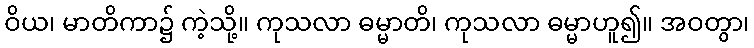
ဝိယ၊ မာတိကာ၌ ကဲ့သို့။ ကုသလာ ဓမ္မာတိ၊ ကုသလာ ဓမ္မာဟူ၍။ အဝတွာ၊